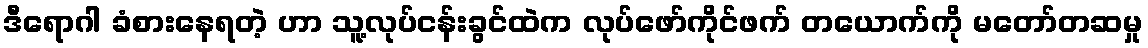
ဒီရောဂါ ခံစားနေရတဲ့ ဟာ သူ့လုပ်ငန်းခွင်ထဲက လုပ်ဖော်ကိုင်ဖက် တယောက်ကို မတော်တဆမှု